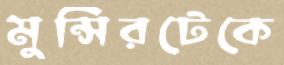
মুন্সিরটেকে